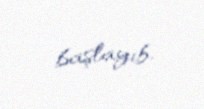
başlayıb.